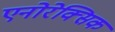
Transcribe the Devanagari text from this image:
एनोरेक्सिक